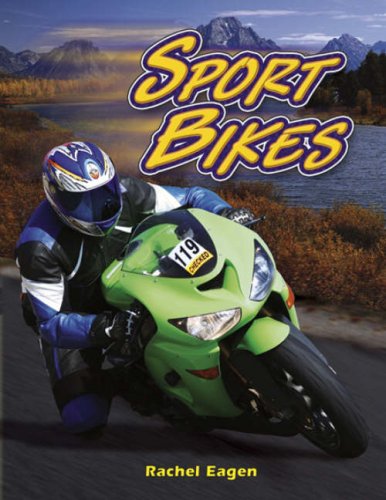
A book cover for Sport Bikes (Automania!); Katharine Bailey; Children's Books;